Lunatic asylums in Bengal annual reports 1888-1898 - 1888-1898
Year: 1888
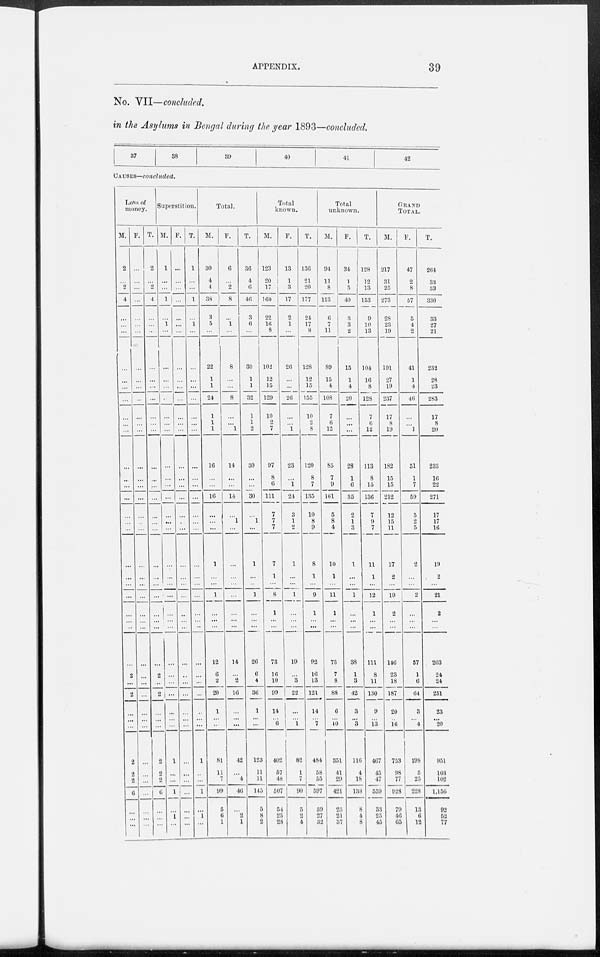
APPENDIX.
39
No. VII—concluded.
in the Asylums in Bengal during the year 1893—concluded.
37
38
39
40
41
42
CAUSES—concluded.
Loss of
money.
M.
2
...
2
4
...
...
...
...
...
...
...
...
...
...
...
...
...
...
...
...
...
...
...
...
...
...
...
...
2
...
2
...
... ...
2
2
2
6
...
...
...
F.
...
...
...
...
...
...
...
...
...
...
...
...
...
...
...
...
...
...
...
...
...
...
...
...
...
...
...
...
...
...
...
...
... ...
...
...
...
...
...
...
...
T.
2
...
2
4
...
...
...
...
...
...
...
...
...
...
...
...
...
...
...
...
...
...
...
...
...
...
...
...
2
...
2
...
... ..
2
2
2
6
...
...
...
Superstition.
M.
1
...
...
1
...
1
...
...
...
...
...
...
...
...
...
...
...
...
...
...
...
...
...
...
...
...
...
...
...
...
...
...
... ...
1
...
...
1
...
1
...
F.
...
...
...
...
...
...
...
...
...
...
...
...
...
...
...
...
...
...
...
...
...
...
...
...
...
...
...
...
...
...
...
...
... ...
...
...
...
...
...
...
...
T.
1
...
...
1
...
1
...
...
...
...
...
...
...
...
...
...
...
...
...
...
...
...
...
...
...
...
...
...
...
...
...
...
... ...
1
...
...
1
...
1
...
Total.
M.
30
4
4
38
3
6
...
22
1
1
24
1
1
1
16
...
...
16
...
...
...
1
...
1
... ...
...
12
6
2
20
1
... ...
81
11
7
99
5
6
1
F.
6
...
2
8
... ...
...
8
...
...
8
...
...
1
14
...
...
14
...
1
...
...
...
...
...
...
...
14
...
2
16
...
... ...
42
...
4
46
...
2
1
T.
36
4
6
46
3
6
...
30
1
1
32
1
1
2
30
...
...
30
...
1
...
1
...
1
...
...
...
26
6
4
36
1
... ...
123
11
11
145
5
8
2
Total
known.
M.
123
20
17
160
22
16
8
102
12
15
129
10
2
7
97
8
6
111
7
7
7
7
1
8
1
...
...
73
16
10
99
14
... 6
402
57
48
507
54
25
28
F.
13
1
3
17
2
1
...
26
...
...
26
...
...
1
23
...
1
24
3
1
2
1
...
1
...
...
...
19
...
3
22
... ...
1
82
1
7
90
5
2
4
T.
136
21
20
177
24
17
8
128
12
15
155
10
2
8
120
8
7
185
10
8
9
8
1
9
1
...
...
92
16
13
121
14
... 7
484
58
55
597
59
27
32
Total
unknown.
M.
94
11
8
113
6
7
11
89
15
4
108
7
6
12
85
7
9
101
5
8
4
10
1
11
1
...
...
73
7
8
88
6
...
10
351
41
29
421
25
21
37
F.
34
1
5
40
3
3
2
15
1
4
20
...
...
...
28
1
6
35
2
1
3
1
...
1
...
...
...
38
1
3
42
3
...
3
116
4
18
138
8
4
8
T.
128
12
13
153
9
10
13
104
16
8
128
7
6
12
113
8
15
136
7
9
7
11
1
12
1
...
...
111
8
11
130
9
... 13
467
45
47
559
33
25
45
GRAND
TOTAL.
M.
217
31
25
273
28
23
19
191
27
19
237
17
8
19
182
15
15
212
12
15
11
17
2
19
2
...
...
146
23
18
187
20
... 16
753
98
77
928
79
46
65
F.
47
2
8
57
5
4
2
41
1
4
46
...
...
1
51
1
7
59
5
2
5
2
...
2
...
...
...
57
1
6
64
3
... 4
198
5
25
228
13
6
12
T.
264
33
33
330
33
27
21
232
28
23
283
17
8
20
233
16
22
271
17
17
16
19
2
21
2
...
...
203
24
24
251
23
...
20
951
103
102
1,156
92
52
77